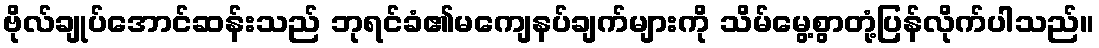
ဗိုလ်ချုပ်အောင်ဆန်းသည် ဘုရင်ခံ၏မကျေနပ်ချက်များကို သိမ်မွေ့စွာတုံ့ပြန်လိုက်ပါသည်။